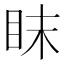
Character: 眜